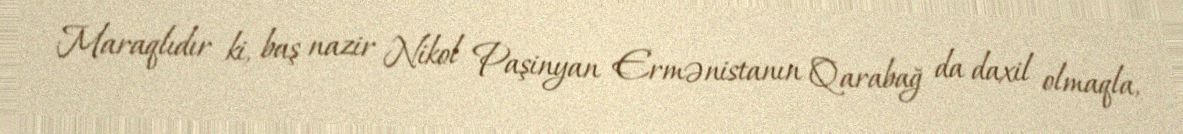
Maraqlıdır ki, baş nazir Nikol Paşinyan Ermənistanın Qarabağ da daxil olmaqla,